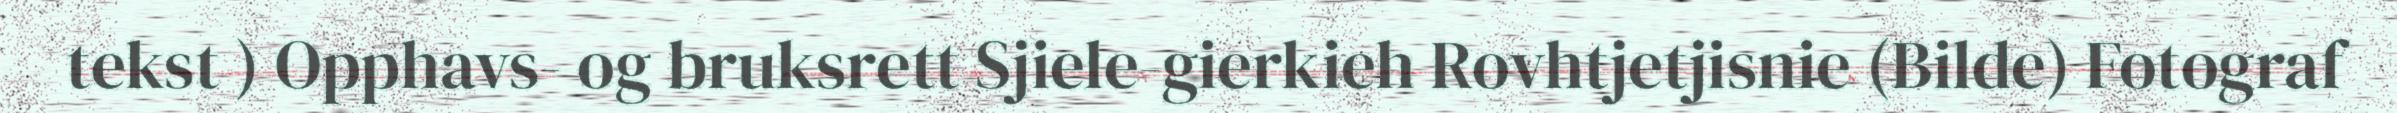
tekst ) Opphavs- og bruksrett Sjiele-gierkieh Rovhtjetjisnie (Bilde) Fotograf